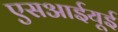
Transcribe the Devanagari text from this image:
एसआईयूई